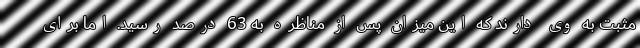
مثبت به وی دارند که این میزان پس از مناظره به 63 درصد رسید. اما برای